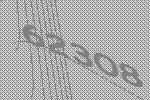
62308